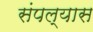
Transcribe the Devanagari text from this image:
संपल्यास